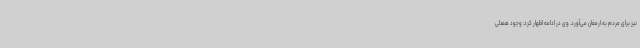
نیز برای مردم به ارمغان می‌آورد. وی در ادامه اظهار کرد: وجود همدلی